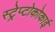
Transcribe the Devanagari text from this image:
स्ट्रेप्टोकोकाई